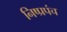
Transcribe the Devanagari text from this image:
निष्प्रपंच